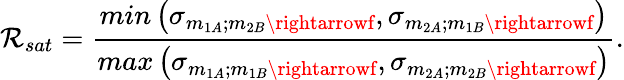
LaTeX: \mathcal{R}_{sat}=\frac{{min\left(\sigma_{m_{1A};m_{2B}\rightarrowf},\sigma_{m_{2A};m_{1B}\rightarrowf}\right)}}{{max\left(\sigma_{m_{1A};m_{1B}\rightarrowf},\sigma_{m_{2A};m_{2B}\rightarrowf}\right)}}.